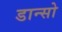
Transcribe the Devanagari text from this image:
डान्सो